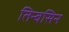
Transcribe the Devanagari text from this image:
तिन्वसिन